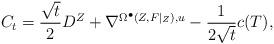
LaTeX: \begin{align*}\begin{aligned}C_{t}=\frac{\sqrt{t}}{2}D^{Z}+\nabla^{\Omega^{\bullet}(Z, F|_{Z}), u}-\frac{1}{2\sqrt{t}}c(T),\end{aligned}\end{align*}